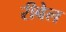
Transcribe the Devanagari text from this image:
रीबेल